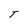
Character: T